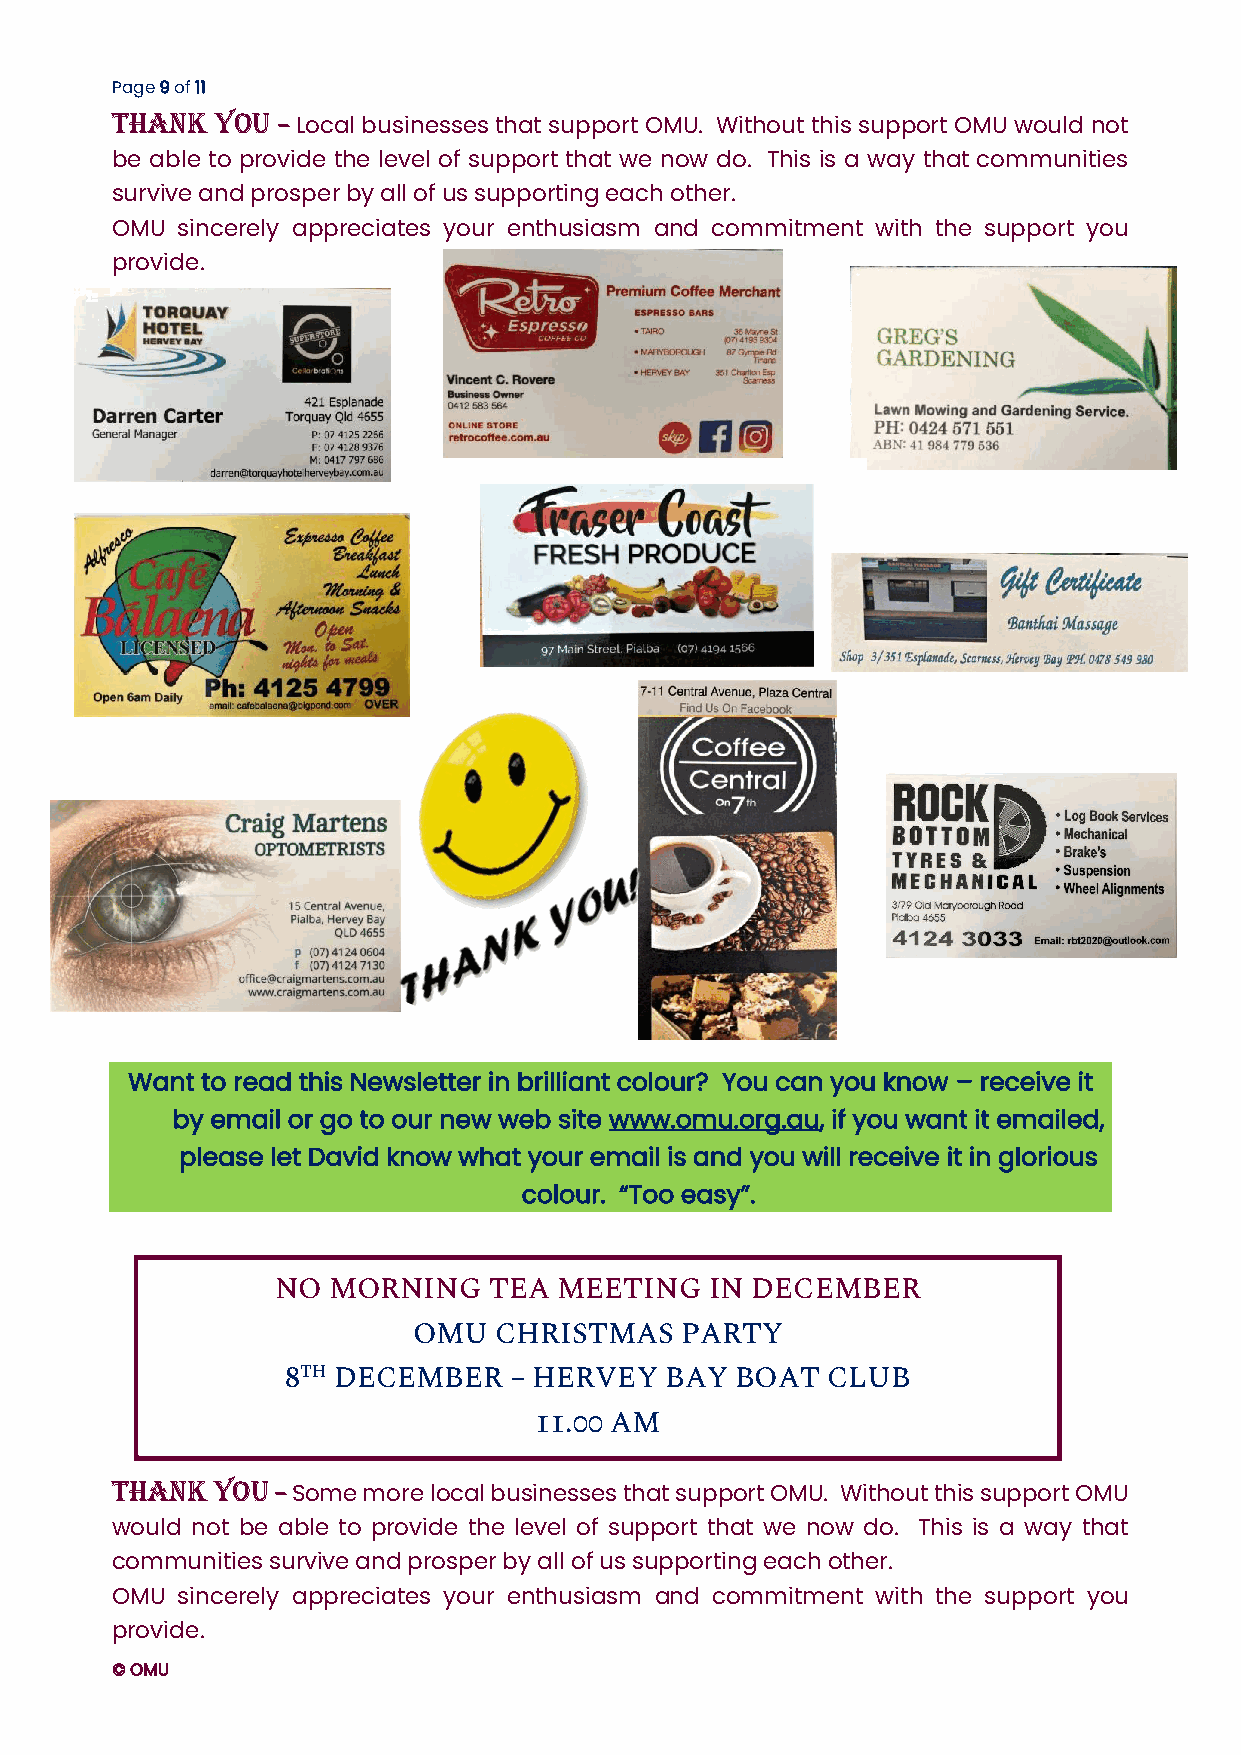
Page 9 of 11
 THANK  YOU – Local businesses that support OMU. Without this support OMU would not
 be able to provide the level of support that we now do. This is a way that communities
 survive and prosper by all of us supporting each other.
 OMU  sincerely appreciates your enthusiasm and commitment with the support you
 provide.
 Want to read this Newsletter in brilliant colour? You can you know – receive it
 by email or go to our new web site www.omu.org.au, if you want it emailed,
 please let David know what your email is and you will receive it in glorious
 colour. “Too easy”.
 NO  MORNING   TEA  MEETING   IN DECEMBER
 OMU   CHRISTM  AS PARTY
 8TH DECEMBER   – HERVEY  BAY  BOAT  CLUB
 11.00 AM
 THANK  YOU – Some more local businesses that support OMU. Without this support OMU
 would not be able to provide the level of support that we now do. This is a way that
 communities survive and prosper by all of us supporting each other.
 OMU  sincerely appreciates your enthusiasm and commitment with the support you
 provide.
 © OMU